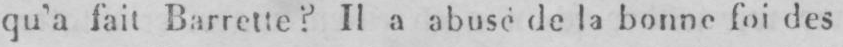
qui fait Barrette? Il à abusé de la bonne foi des